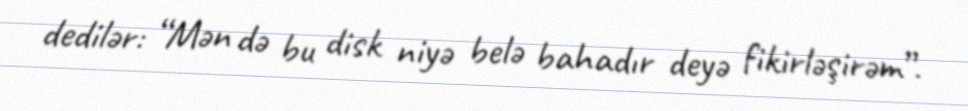
dedilər: “Mən də bu disk niyə belə bahadır deyə fikirləşirəm”.